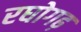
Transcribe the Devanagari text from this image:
रघोगढ़